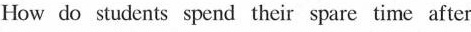
How do students spend their spare time after